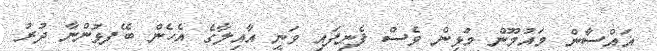
ޣައްސާން މައުމޫން މުޅިން ވެސް ފެނިފައި ވަނީ އާއިލާގެ އެހެން ބޭފޅުންނާ ދުރު